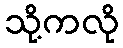
သို့ကလို